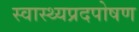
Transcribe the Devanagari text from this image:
स्वास्थ्यप्रदपोषण